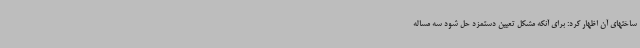
ساختهای آن اظهار کرد: برای آنکه مشکل تعیین دستمزد حل شود سه مساله